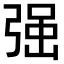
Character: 𭚼